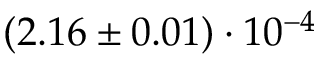
( 2 . 1 6 \pm 0 . 0 1 ) \cdot 1 0 ^ { - 4 }